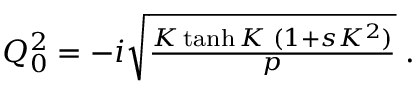
\begin{array} { r } { Q _ { 0 } ^ { 2 } = - i \sqrt { \frac { K \operatorname { t a n h } K \; ( 1 + s K ^ { 2 } ) } { p } } \; . } \end{array}